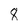
Character: 8